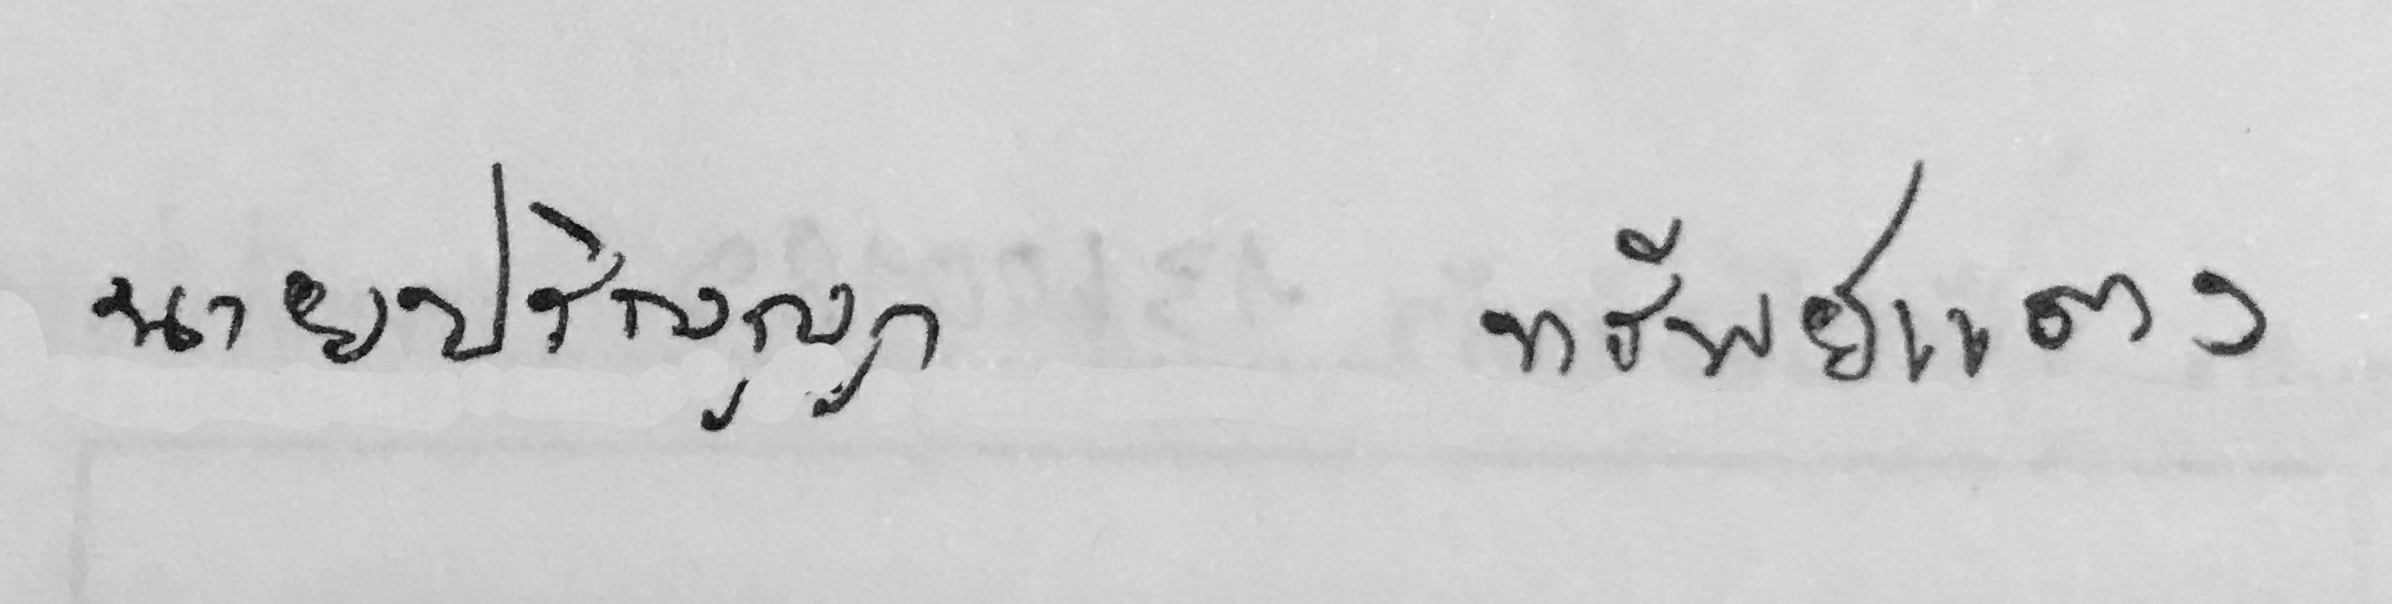
นายปริญญาทรัพย์แตง